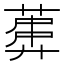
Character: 𱾍